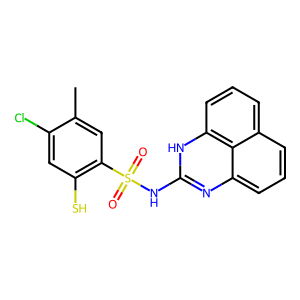
SMILES: Cc1cc(S(=O)(=O)Nc2nc3cccc4cccc([nH]2)c43)c(S)cc1Cl
Inhibits HIV replication: No